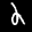
Label: 2